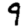
Digit: 9